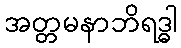
အတ္တမနာဘိရဒ္ဓါ